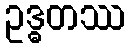
ဥဒ္ဓတဿ